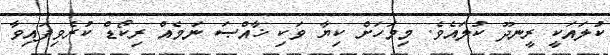
ކުލައަކީ ރީނދޫ ކުލައެވެ. މިމަަހަށް ކިޔާ ވަކި ޚާއްޞަ ނަމެއް ރިކޯޑް ކުރެވިފައިވާ